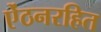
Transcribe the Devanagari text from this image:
ऐंठनरहित